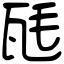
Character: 瓱